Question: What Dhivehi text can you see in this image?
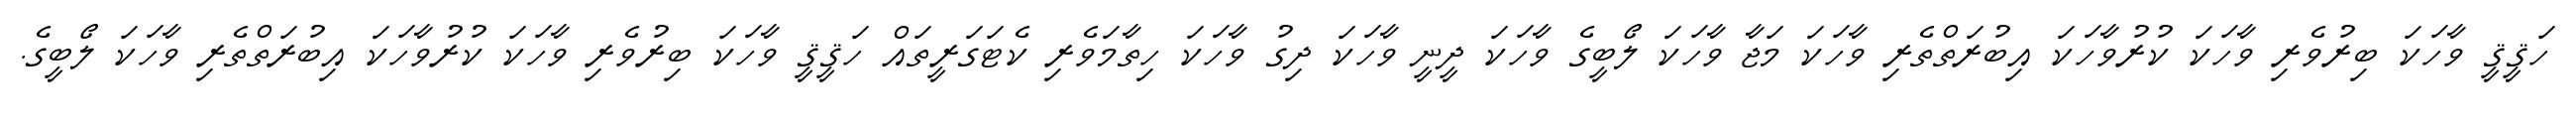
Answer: ހަޤީޤީ ވާހަކަ ބިރުވެރި ވާހަކަ ކުރުވާހަކަ އިބުރަތްތެރި ވާހަކަ މަޖާ ވާހަކަ ލޯބީގެ ވާހަކަ ދީނީ ވާހަކަ ދިގު ވާހަކަ ހިތާމަވެރި ކެޓަގަރީތައް ހަޤީޤީ ވާހަކަ ބިރުވެރި ވާހަކަ ކުރުވާހަކަ އިބުރަތްތެރި ވާހަކަ ލޯބީގެ.